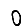
Digit: 0